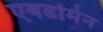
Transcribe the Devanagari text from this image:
एबडोमेन